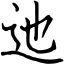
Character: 迆